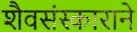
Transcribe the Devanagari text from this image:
शैवसंस्काराने